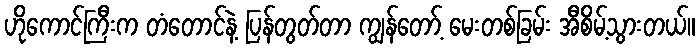
ဟိုကောင်ကြီးက တံတောင်နဲ့ ပြန်တွတ်တာ ကျွန်တော့် မေးတစ်ခြမ်း အီစိမ့်သွားတယ်။